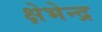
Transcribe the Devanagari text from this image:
क्षेभेन्द्र